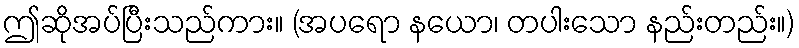
ဤဆိုအပ်ပြီးသည်ကား။ (အပရော နယော၊ တပါးသော နည်းတည်း။)